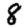
Digit: 8